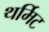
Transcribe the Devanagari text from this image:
थर्मिट